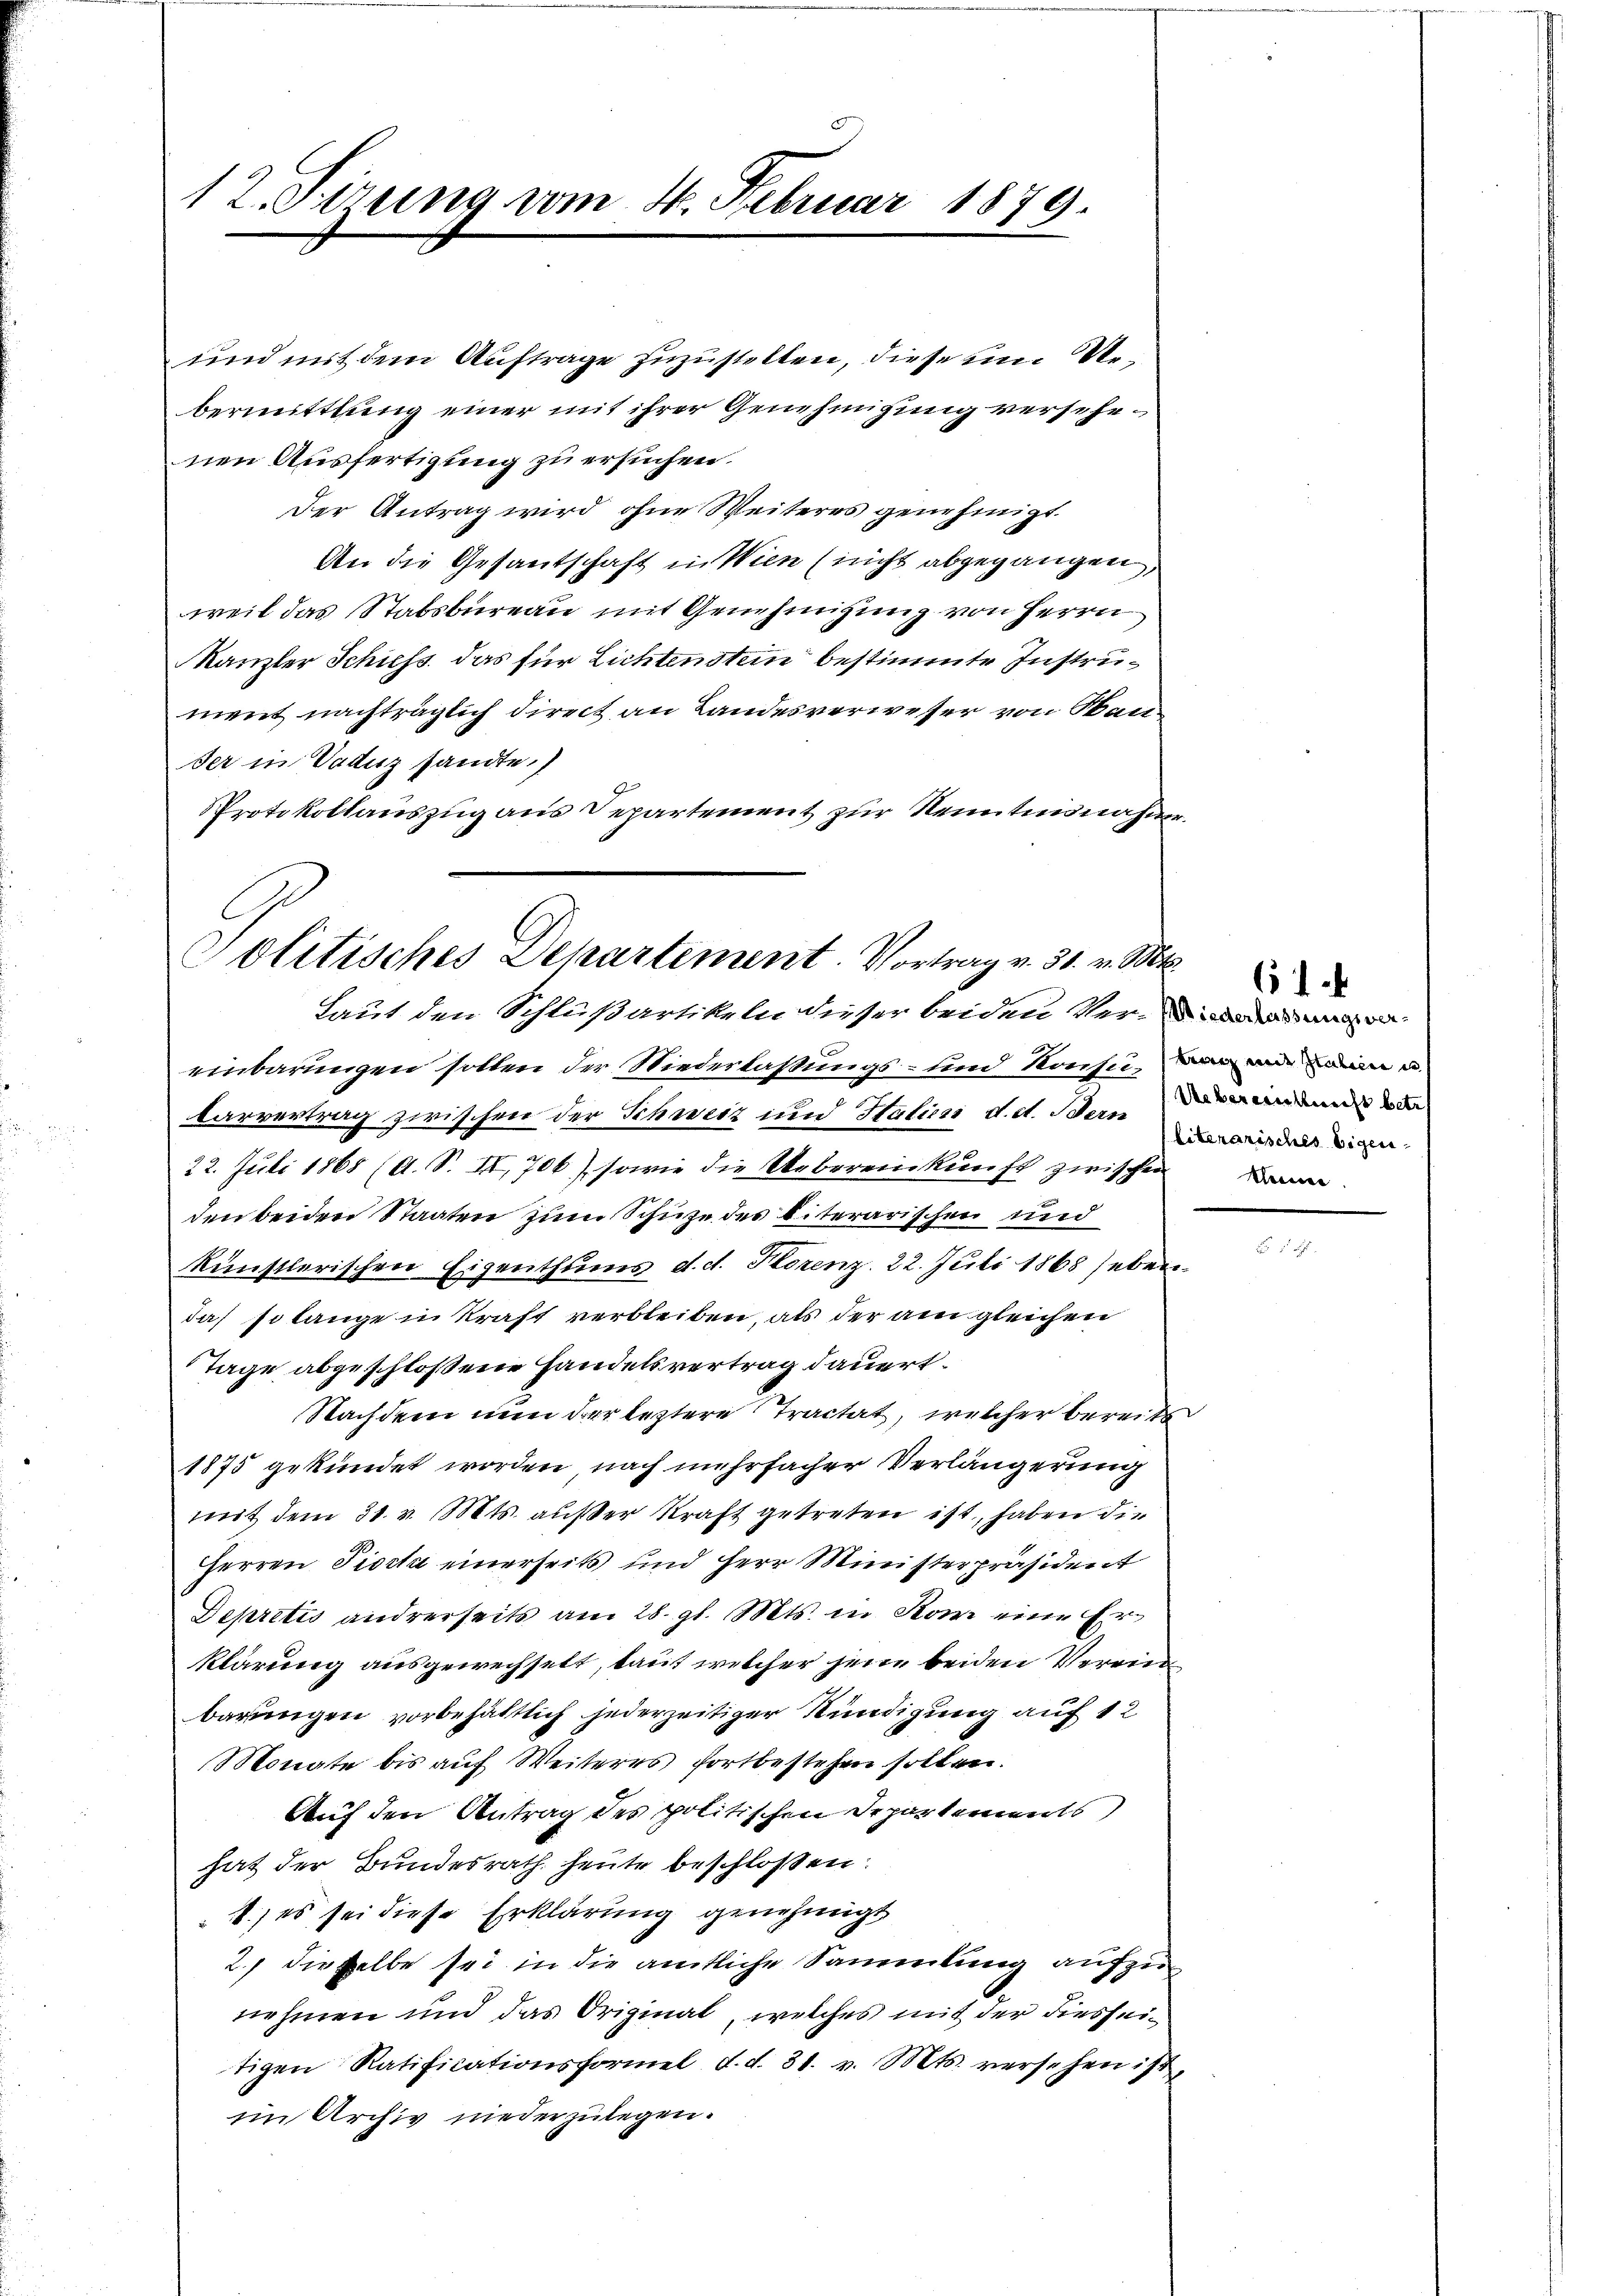
12. Sizung vom 4. Februar 1879.

bermittlung einer mit ihrer Genehmigung versehenen Ausfertigung zu ersuchen.
Der Antrag wird ohne Weiteres genehmigt.
An die Gesantschaft in Wien (nicht abgegangen,
weil das Stabsbureau mit Genehmigung von Herrn
Kanzler Schuss das für Lichtenstein bestimmte Instrument nachträglich direct an Landesverweser von Bauder in Vaduz sandte.
Protokollauszug aus Departement zur Kenntnisnahme

und mit dem Auftrage zuzustellen, diese um Ue¬

einbarungen sollen der Niederlaßungs- und Konsum an
Carvertrag zwischen der Schweiz und Haliczi d. d. Sternderenden de
22. Juli 1868 (A. S. II, 706), sowie die Uebereinkunft zwischen B
den beiden Staaten zum Schuhe des biterarischen und
künstlerischen Eigenthums d. d. Storenz. 22. Juli 1868 heben
das so lange in Kraft verbleiben, als der am gleichen
Tage abgeschloßene Handelsvertrag dauert.
Nachdem nun der leztere Tractat, welcher bereits
1875 gekündet worden, nach mehrfacher Verlängerung
mit dem 31. v. Mts. außer Kraft getreten ist, haben die
Herren Piocta einerseits und Herr Ministerpräsident
Depretis andrerseits am 28. gl. Mts. in Rom eine Erklärung ausgewechselt, laut welcher jene beiden Vereinbarungen vorbehältlich jederzeitiger Kündigung auf 12
Monate bis auf Weiteres fortbestehen sollen.
Auf den Antrag des politischen Departements
hat der Bundesrath heute beschlossen:
1.) es sei diese Erklärung genehmigt
2.) dieselbe sei in die amtliche Sammlung aufzunehmen und das Original, welches mit der diesseitigen Ratificationsformel d. d. 31. v. Mts. versehen ist,
im Archiv niederzulegen.

Politisches Departement. Vortrag v. 31. v. Mts.
Laut den Schlußartikeln dieser beiden Verladungen-

61
literarisches Eigen-